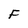
Character: F